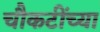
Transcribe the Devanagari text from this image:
चौकटींच्या